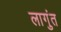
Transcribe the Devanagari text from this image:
लागुंत